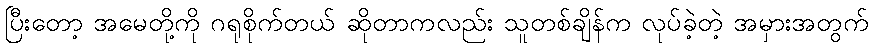
ပြီးတော့ အမေတို့ကို ဂရုစိုက်တယ် ဆိုတာကလည်း သူတစ်ချိန်က လုပ်ခဲ့တဲ့ အမှားအတွက်